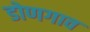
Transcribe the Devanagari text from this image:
डोणगाव